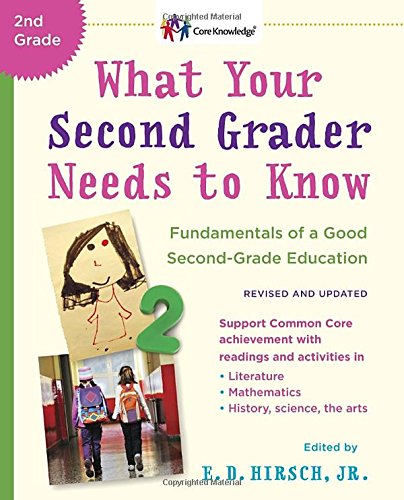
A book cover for What Your Second Grader Needs to Know (Revised and Updated): Fundamentals of a Good Second-Grade Education (Core Knowledge Series); E.D. Hirsch Jr.; Education & Teaching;